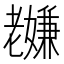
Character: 𫅸